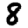
Digit: 8